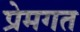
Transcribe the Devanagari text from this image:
प्रेमगत